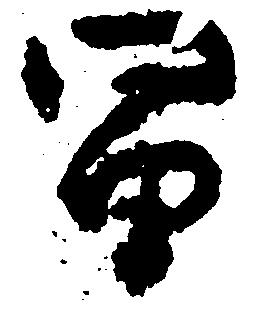
冨